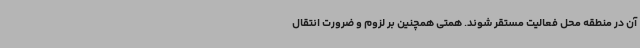
آن در منطقه محل فعالیت مستقر شوند. همتی همچنین بر لزوم و ضرورت انتقال